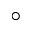
^ { \circ }